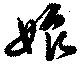
娘